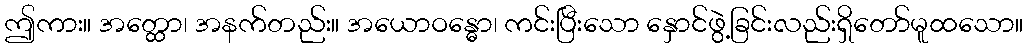
ဤကား။ အတ္ထော၊ အနက်တည်း။ အယောဝန္ဓော၊ ကင်းပြီးသော နှောင်ဖွဲ့ခြင်းလည်းရှိတော်မူထသော။